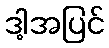
ဒါ့အပြင်